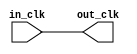
// This program was cloned from: https://github.com/stanford-ppl/spatial-lang
// License: MIT License

// pr_region_alternate_clock_in.v

// Generated using ACDS version 17.1 240

`timescale 1 ps / 1 ps
module pr_region_alternate_clock_in (
		input  wire  in_clk,  //  in_clk.clk
		output wire  out_clk  // out_clk.clk
	);

	assign out_clk = in_clk;

endmodule